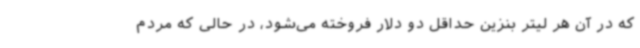
که در آن هر لیتر بنزین حداقل دو دلار فروخته می‌شود، در حالی که مردم